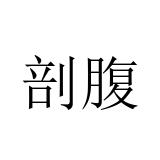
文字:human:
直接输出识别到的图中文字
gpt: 剖腹